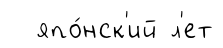
япо́нск'ий л'ет